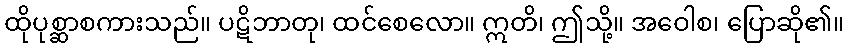
ထိုပုစ္ဆာစကားသည်။ ပဋိဘာတု၊ ထင်စေလော။ ဣတိ၊ ဤသို့။ အဝေါစ၊ ပြောဆို၏။